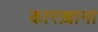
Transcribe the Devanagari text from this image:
कारख़ाना